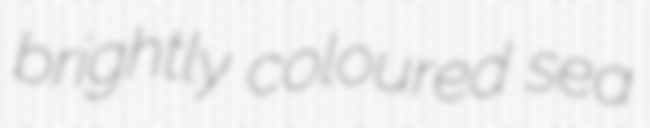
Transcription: brightly coloured sea